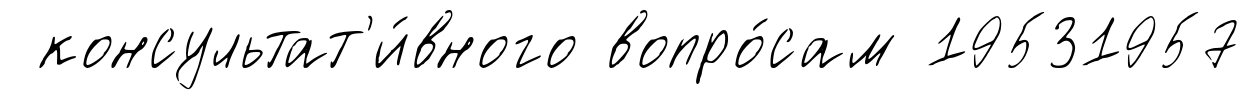
консультат'и́вного вопро́сам 19531957